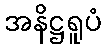
အနိဋ္ဌရူပံ